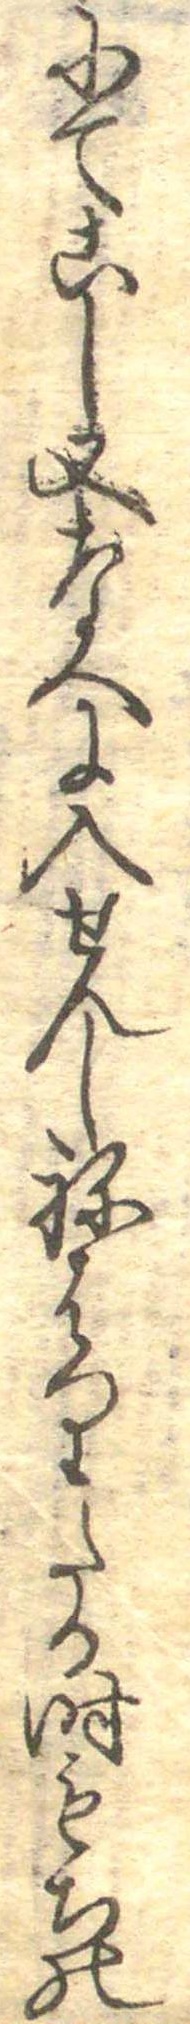
にてこし又なへに入せんしねはりたる時もちの